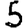
Digit: 5